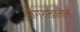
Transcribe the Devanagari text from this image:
डोंगराखालील